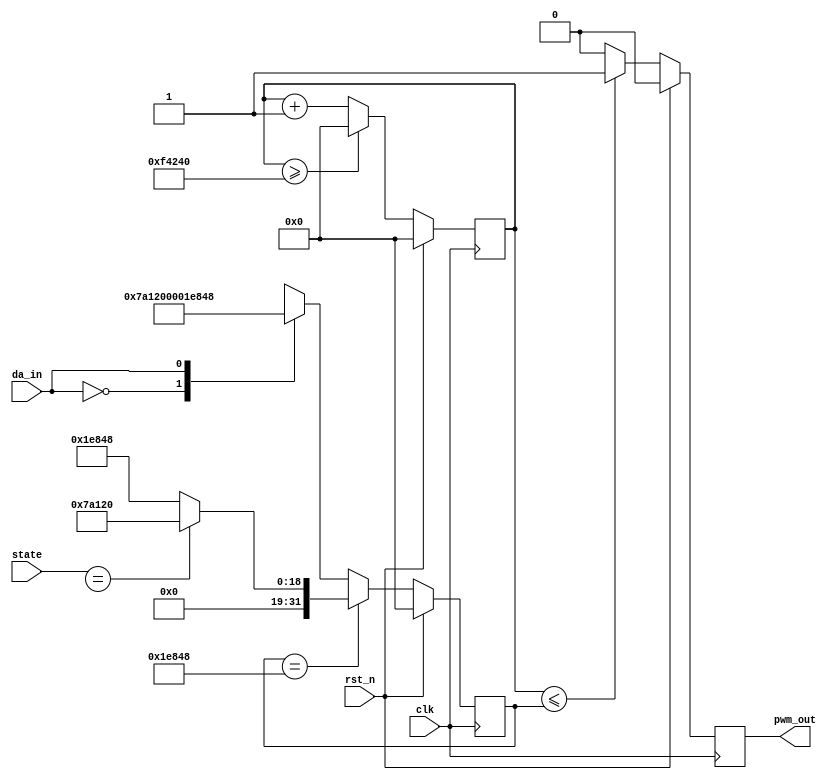
module  motor_contorl(clk,rst_n,da_in,pwm_out,state);
input clk;
input rst_n;
input  da_in;
input [3:0] state;
output reg pwm_out;
reg [3:0] next_state;
parameter  s=32'd1000_000;//20ms-----T
parameter  s0=32'd500_000;//2.5ms----180
parameter  s2=32'd125_000;//1.5ms----90
reg	[31:0] cnt_r,cnt,ncnt_r;
wire [31:0] ncnt;	

always @(posedge clk)begin
	if(rst_n) pwm_out <= 1'b0;
	else if(cnt <= cnt_r) pwm_out <= 1'b1;
	else pwm_out <= 1'b0;
end
always @(posedge clk ) begin
	if(rst_n) cnt_r <=31'd0;
	else cnt_r <= ncnt_r;
end
always@(*) begin
	if(cnt_r==s2) ncnt_r = state==NOCOMMAND? s0:s2; //回到nocommand再鬆開夾子
	else begin
		case(da_in)
			1'd0: ncnt_r = s0;
			1'd1: ncnt_r = s2; //夾住
			default: ncnt_r = s0;
		endcase
	end
end
always @(posedge clk)begin
	if(rst_n) cnt <= 32'd0;
	else cnt <= ncnt;
end
assign ncnt = (cnt>=s)?32'd0:cnt+1'b1;

endmodule